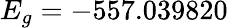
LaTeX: E_{g}=-557.039820